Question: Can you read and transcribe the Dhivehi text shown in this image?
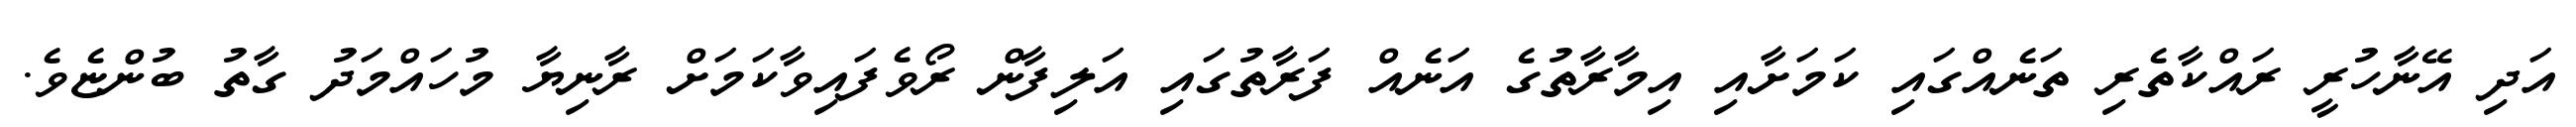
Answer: އަދި އޭނާހުރީ ރައްކާތެރި ތަނެއްގައި ކަމަށާއި އިމާރާތުގެ އަނެއް ފަރާތުގައި އަލިފާން ރޯވެފައިވާކަމަށް ރާނިޔާ މުހައްމަދު ގާތު ބުންޏެވެ.